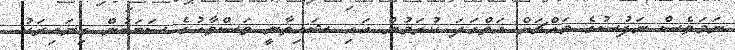
ނަމަވެސް ނަފުސުގެ މައްޗަށް އަތްގަދަ ކުރަމުން އައި ޝައިތާނީ ވަސްވާހުގެ ސަބަބުން ގިނައިރަކު